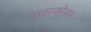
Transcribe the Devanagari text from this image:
बासफोसर